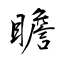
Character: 瞻